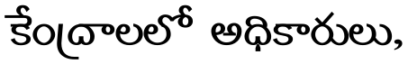
కేంద్రాలలో అధికారులు,